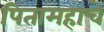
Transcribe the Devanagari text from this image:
पितामहाचे